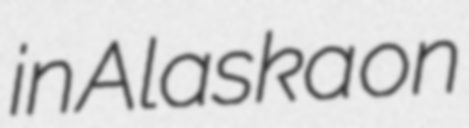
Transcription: in Alaska on